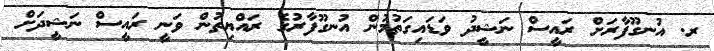
ރ. އުނގޫފާރަށް ރައީސް ނަޝީދު ވަޑައިގަތުމުން އުނގޫފާރުގެ ރައްޔިތުން ވަނީ ރައީސް ނަޝީދަށް